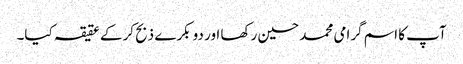
آپ کا اسم گرامی محمد حسین رکھا اور دو بکرے ذبح کرکے عقیقہ کیا۔